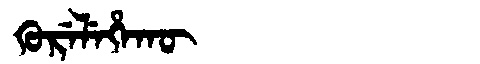
Manchu: ᡴᡠᡵᡝᠯᡝᡥᠠᡴᡡ
Romanization: KURELEHAKŪ